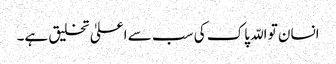
انسان تو اللّہ پاک کی سب سے اعلیٰ تخلیق ہے۔